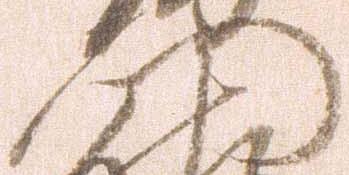
門